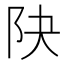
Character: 䦼